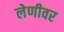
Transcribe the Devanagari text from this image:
लेणीवर